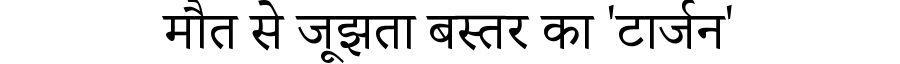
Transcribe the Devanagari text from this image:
मौत से जूझता बस्तर का 'टार्जन'